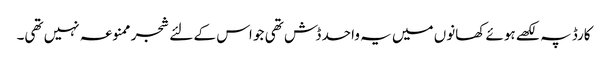
کارڈ پہ لکھے ہوئے کھانوں میں یہ واحد ڈش تھی جو اس کے لئے شجر ممنوعہ نہیں تھی۔